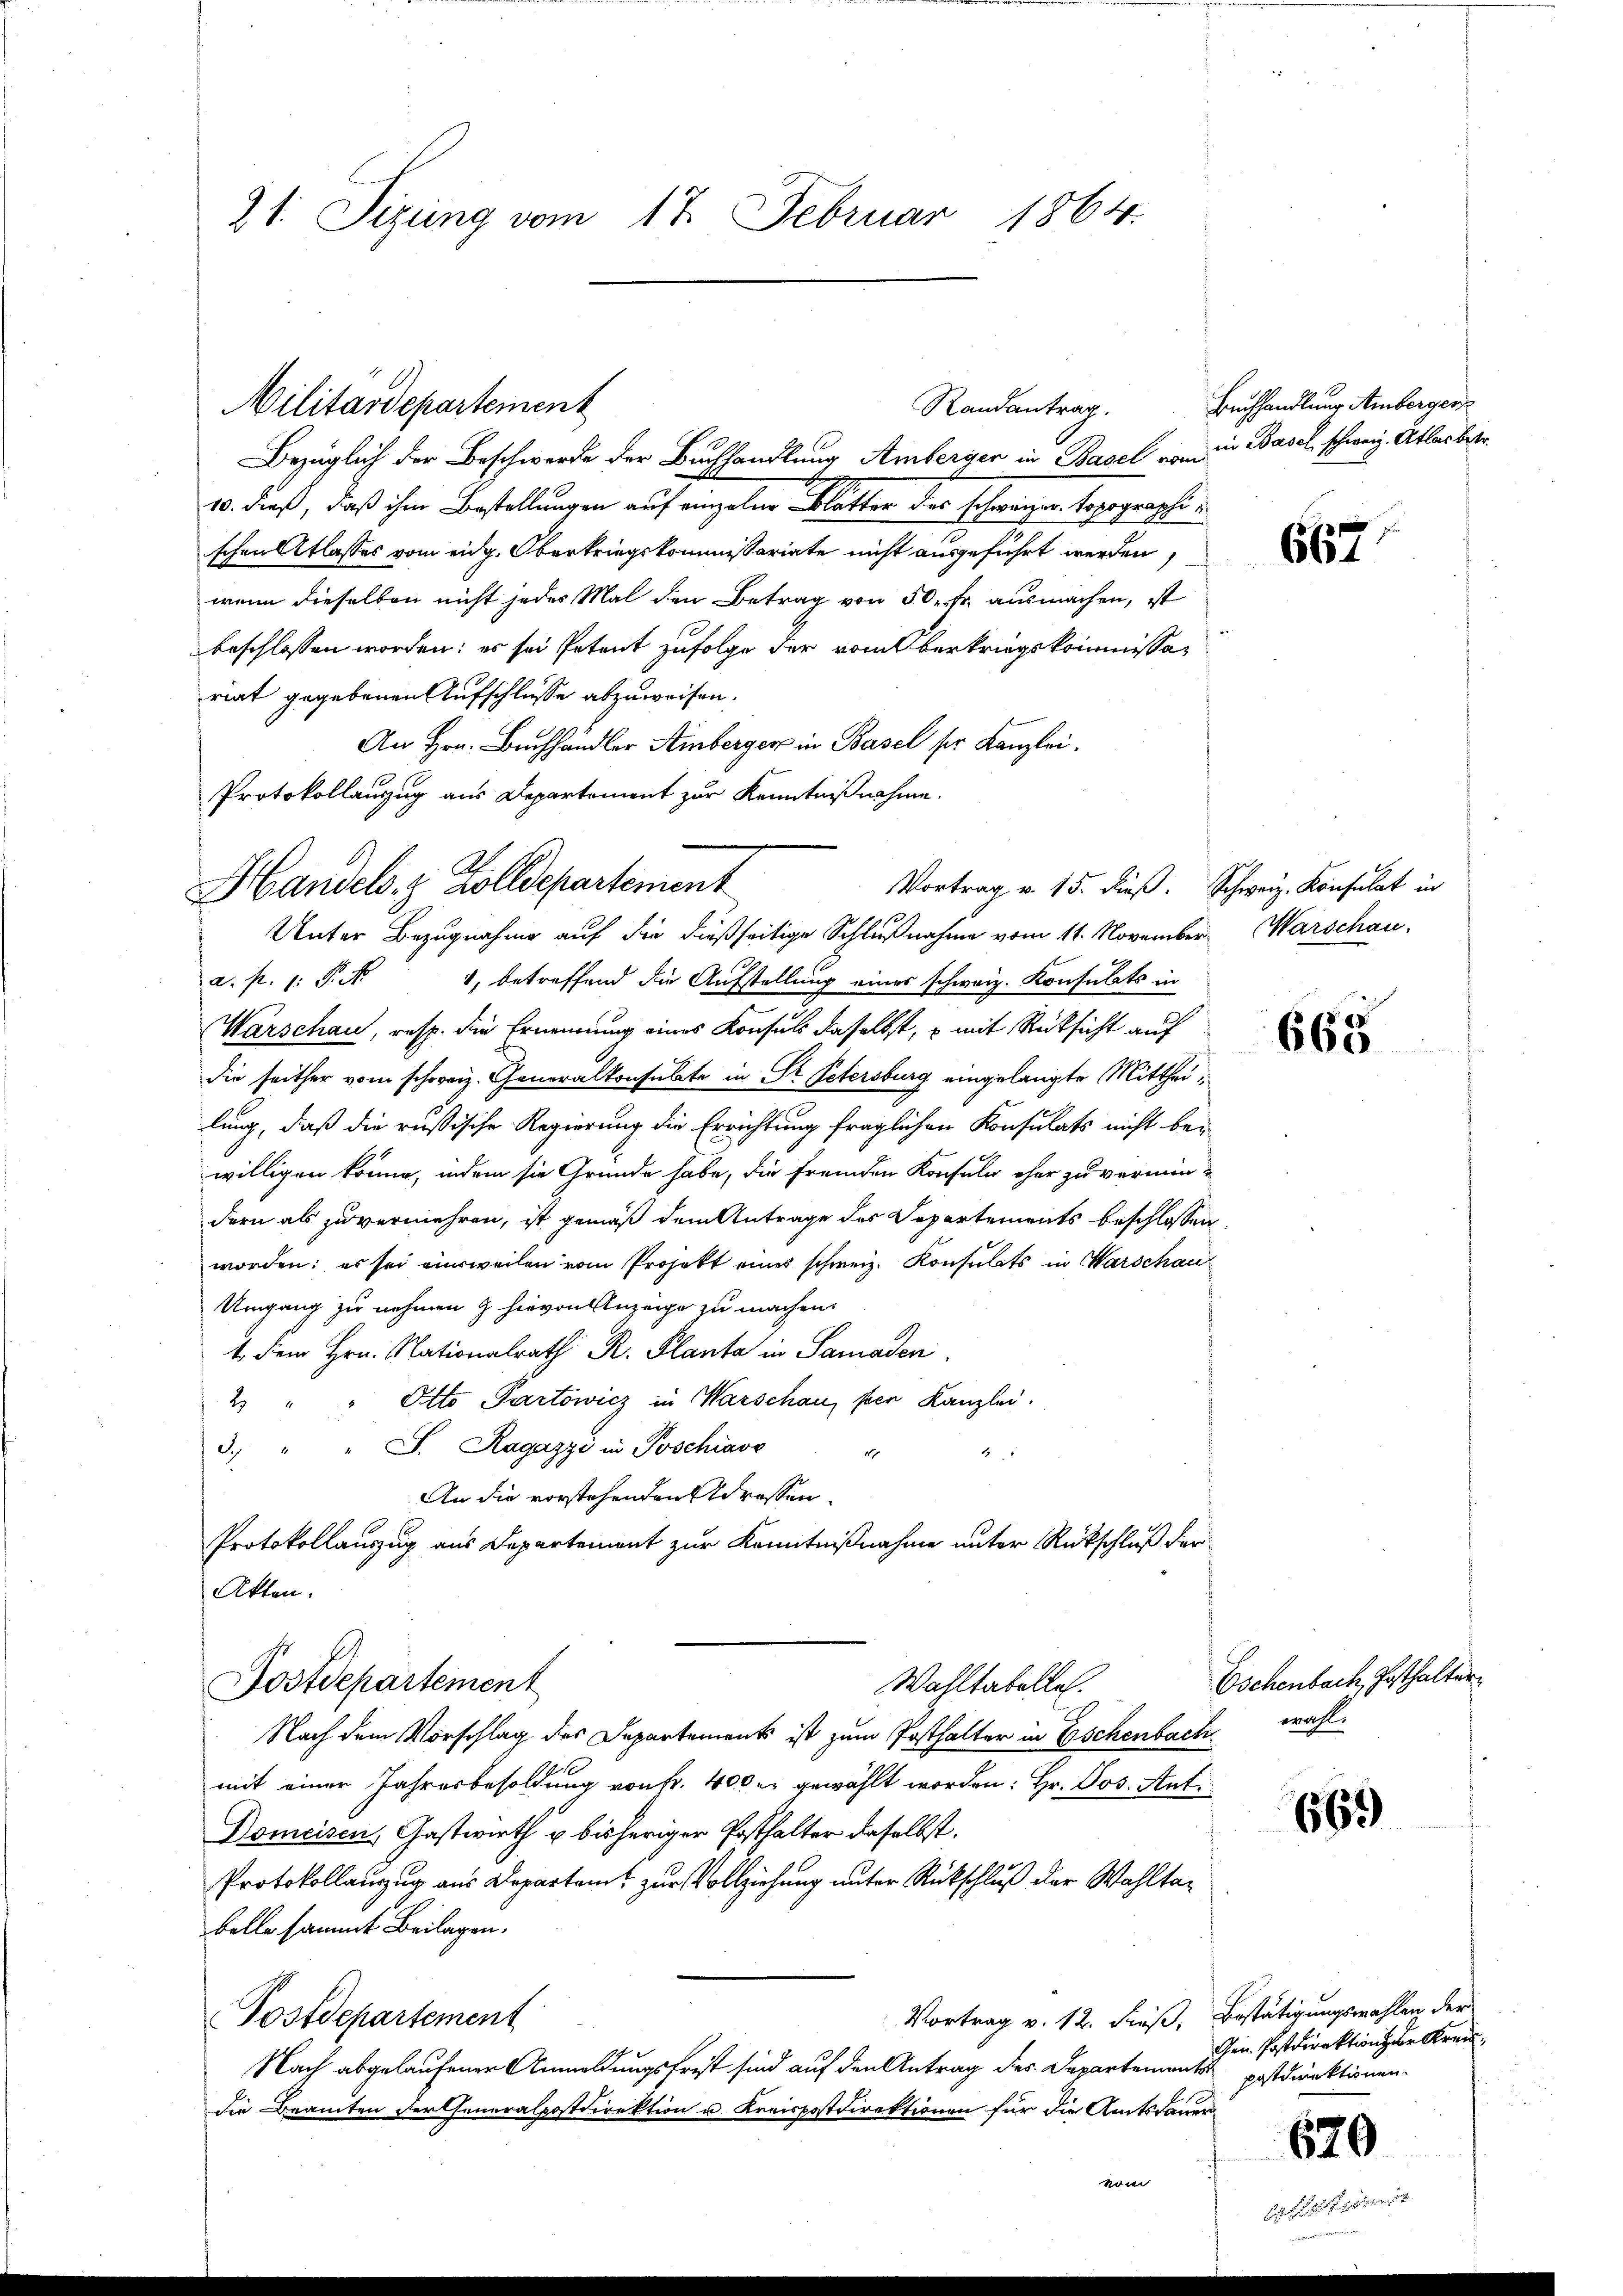
21. Sizung vom 17. Februar 1864.

Militärdepartement
Randantrag.

Bezüglich der Beschwerde der Buchhandlung Amberger in Basel von in Basel, schweiz. Atlas betr
10. dieß, daß ihm Bestellungen auf eingelen Kletter der schweizer topographe
 ift werden,
wenn dieselben nicht jedes Mal den Betrag von 50 fr. ausmachen, ist
beschlossen worden; es sei Petent zufolge der vom Oberkriegskommissariat gegebenen Aufschlüsse abzuweisen.
An Hrn. Buchhändler Amberger in Basel ser Kanzlei.
Unter Bezugnahme auf die dießseitige Schlußnahme vom 11. November Warschau-
a. f. 1: P. Nr. 1, betreffend die Aufstellung eines schweiz. Konsulats in
Warschau, resp. die Ernennung eines Konsuls daselbst, u mit Rücksicht auf
die seither vom schweiz. Generalkonsulte in Dr. Petersburg eingelangte Mittheilung, daß die russische Regierung die Errichtung fraglichen Konsulats nicht bewilligen könne, indem sie Gründe habe, die fremden Konsula eher zu vermin-
dern als zu vermehren, ist gemäß dem Antrage des Departements beschlossen
worden: es sei eisweilen vom Projekt eines schweiz. Konsulats in Warschau
Umgang zu nehmen & hievon Anzeige zu machen.
1 dem Hrn. Nationalrath R. Planta in Samaden
Otto Partowicz in Warschau, per Kanzlei.
2
3. " " J. Ragazzi in Poschiavo
F
4
An die vorstehenden Adressen.
Protokollauszug aus Departement zur Kenntnißnahme unter Rückschluß der
Akten.
Wahltabelle.
Postdepartement
Nach dem Vorschlag des Departements ist zum Posthalter in Eschenbach wahl.
mit einer Jahresbesoldung von Fr. 400 er gewählt worden: Hr. Jos. Ant¬
Domeisen, Gastwirth u bisheriger Posthalter daselbst.
Protokollauszug aus Departam zur Vollziehung unter Rückschluß der Wohltabelle sammt Beilagen.
Vortrag v. 12. dieß, Bestätigungswahlen der
Postdepartement
Nach abgelaufener Anmeldungsfrist sind auf den Antrag des Departements postdirektionen.
die Beamten der Generalpostdirektion u. Kreispostdirektionen für die Amtsdauer
von

Protokollanzug aus Departement zur Kenntnißnahme.
Handels. z. Zolldepartement
Vortrag v. 15. dieß. Schweiz. Konsulat in

Buchhandlung Amberger

668

Eschenbach, Posthalter

669

Gen. Postdirektion zur Kreis¬

670